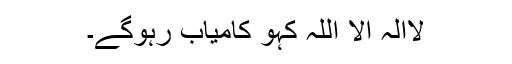
لاالٰہ الا اللہ کہو کامیاب رہوگے۔